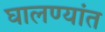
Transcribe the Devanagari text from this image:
घालण्यांत